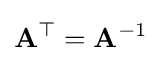
\mathbf {A} ^{\top }=\mathbf {A} ^{-1}